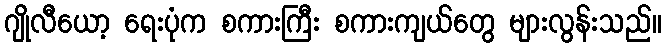
ဂျိုလီယော့ ရေးပုံက စကားကြီး စကားကျယ်တွေ များလွန်းသည်။